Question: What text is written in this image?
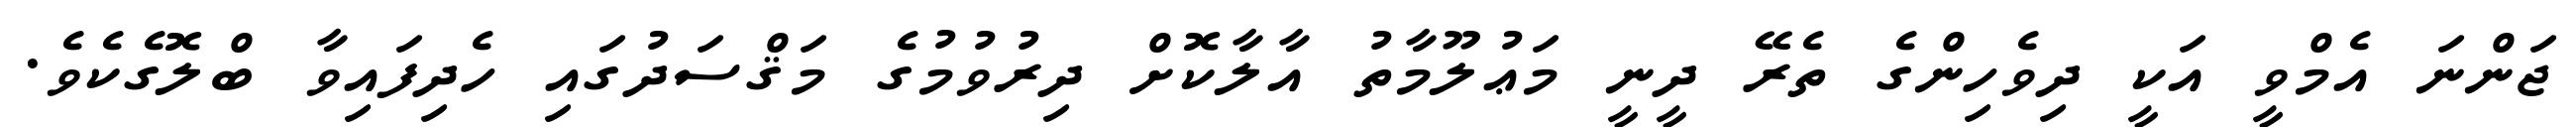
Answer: ޖަންނަ އެމްވީ އަކީ ދިވެހިންގެ ތެރޭ ދީނީ މަޢުލޫމާތު އާލާކޮށް ދިރުވުމުގެ މަޤްސަދުގައި ހެދިފައިވާ ބްލޮގެކެވެ.